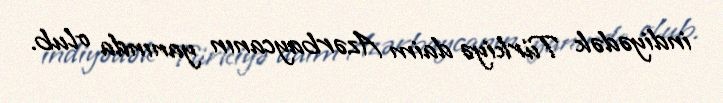
indiyədək Türkiyə daim Azərbaycanın yanında olub.